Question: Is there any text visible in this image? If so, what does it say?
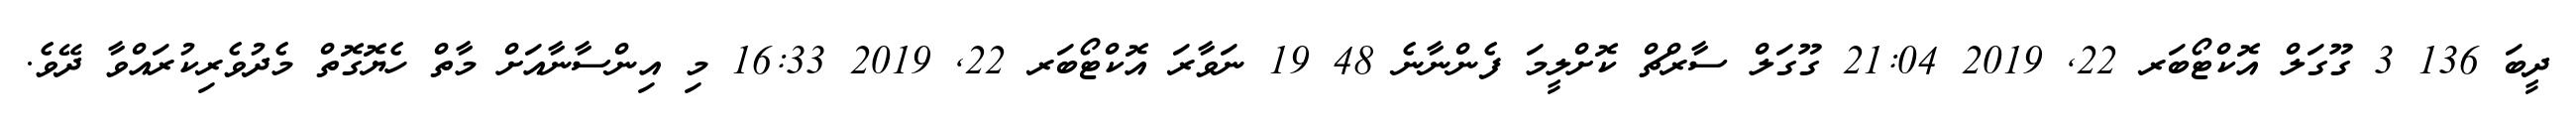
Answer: ދީބަ 136 3 ގޫގަލް އޮކްޓޯބަރ 22, 2019 21:04 ގޫގަލް ސާރްޗް ކޮށްލީމަ ފެންނާނެ 48 19 ނަވާރަ އޮކްޓޯބަރ 22, 2019 16:33 މި އިންސާނާއަށް މާތް ހެޔޮގޮތް މެދުވެރިކުރައްވާ ދޭވެ.